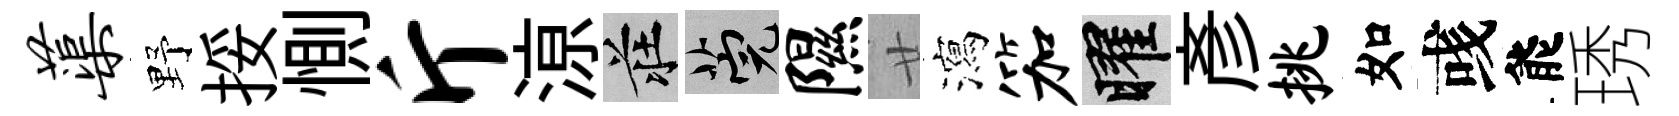
蕖野挼惻斤鿌莊筦隰廿瀉笳曜彦挑如彧能琇